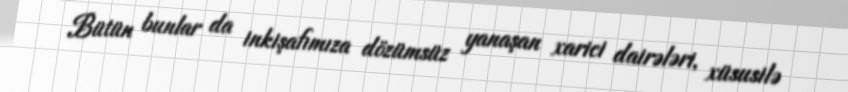
Bütün bunlar da inkişafımıza dözümsüz yanaşan xarici dairələri, xüsusilə